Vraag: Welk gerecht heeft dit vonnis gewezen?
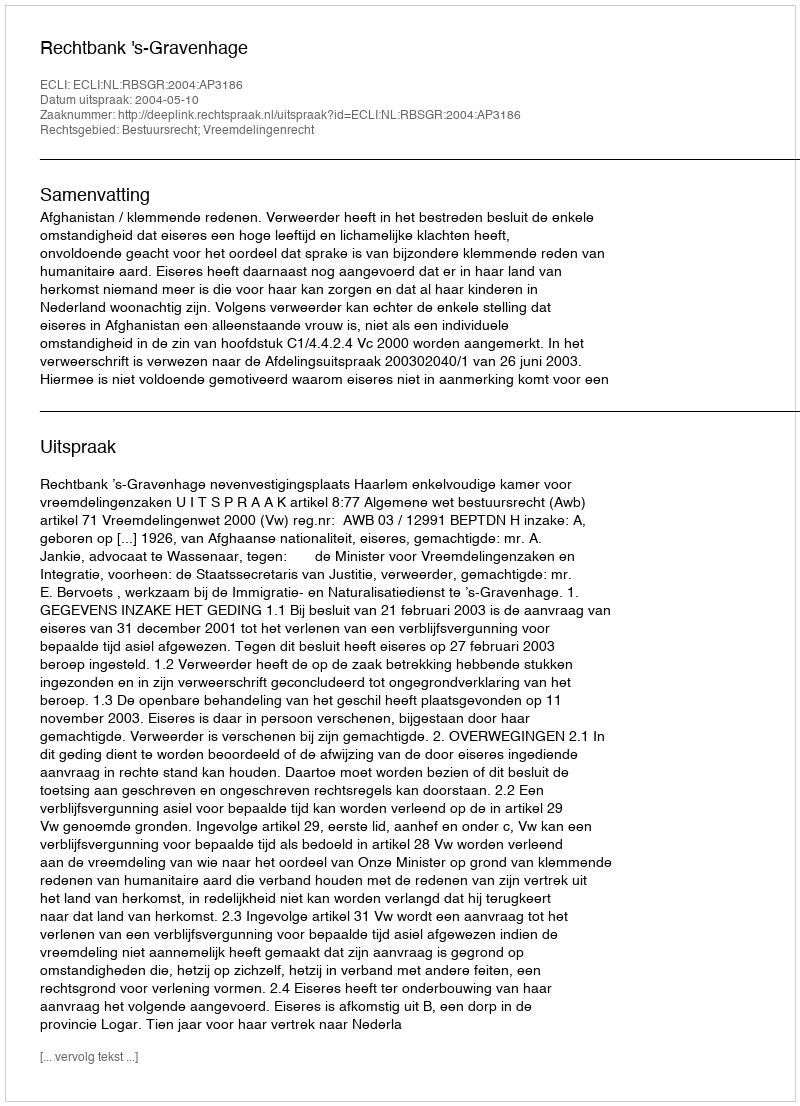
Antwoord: Rechtbank 's-Gravenhage